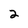
Character: 2